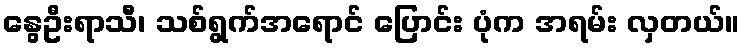
နွေဦးရာသီ၊ သစ်ရွက်အရောင် ပြောင်း ပုံက အရမ်း လှတယ်။